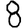
Digit: 8